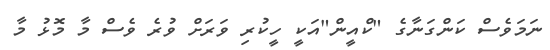
ނަމަވެސް ކަންގަނާގެ "ކްއީން"އަކީ ހީކުރި ވަރަށް ވުރެ ވެސް މާ މޮޅު މާ